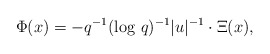
\begin{align*}\Phi(x)=- q^{-1}(\log\,q)^{-1}|u|^{-1} \cdot \Xi(x) , \end{align*}